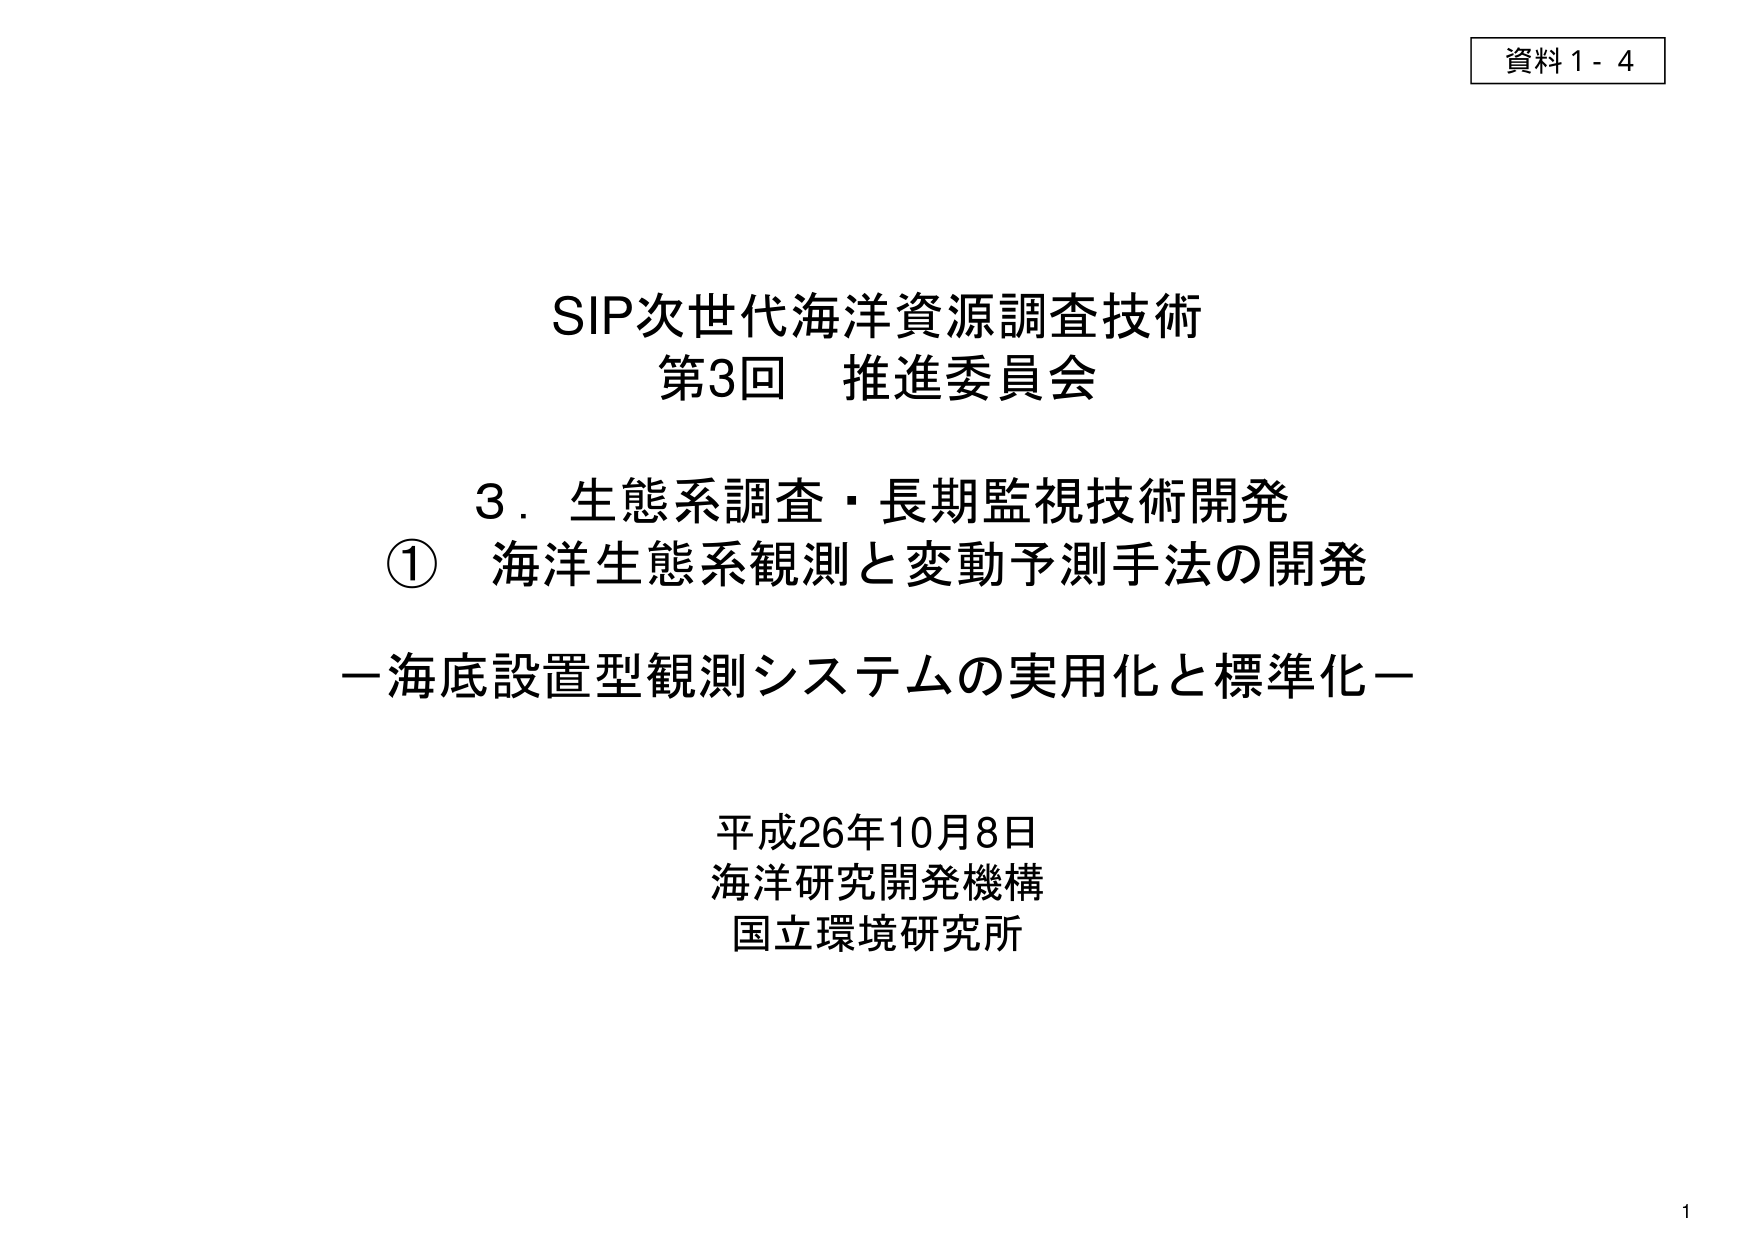
資料1-4

SIP次世代海洋資源調査技術
第3回 推進委員会

3．生態系調査・長期監視技術開発
① 海洋生態系観測と変動予測手法の開発
－海底設置型観測システムの実用化と標準化－

平成26年10月8日
海洋研究開発機構
国立環境研究所

1